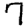
Digit: 7